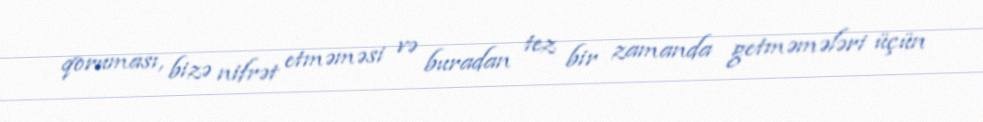
qoruması, bizə nifrət etməməsi və buradan tez bir zamanda getməmələri üçün